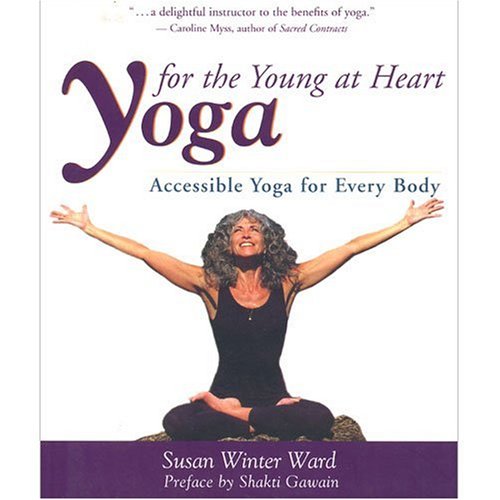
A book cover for Yoga for the Young at Heart: Gentle Stretching Exercises for Seniors; Susan Winter Ward; Health, Fitness & Dieting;